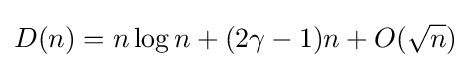
D(n)=n\log n+(2\gamma -1)n+O({\sqrt {n}})